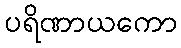
ပရိဏာယကော